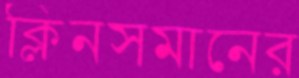
ক্লিনসমানের